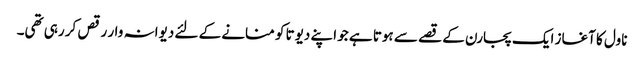
ناول کا آغاز ایک پجارن کے قصے سے ہوتا ہے جو اپنے دیوتا کو منانے کے لئے دیوانہ وار رقص کر رہی تھی۔